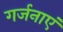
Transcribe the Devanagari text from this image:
गर्जनाएं